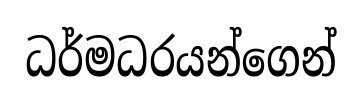
ධර්මධරයන්ගෙන්